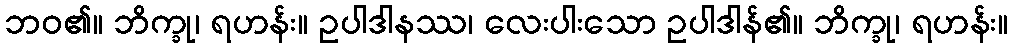
ဘဝ၏။ ဘိက္ခု၊ ရဟန်း။ ဥပါဒါနဿ၊ လေးပါးသော ဥပါဒါန်၏။ ဘိက္ခု၊ ရဟန်း။